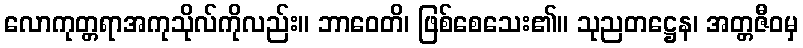
လောကုတ္တရာအကုသိုလ်ကိုလည်း။ ဘာဝေတိ၊ ဖြစ်စေသေး၏။ သုညတဋ္ဌေန၊ အတ္တဇီဝမှ